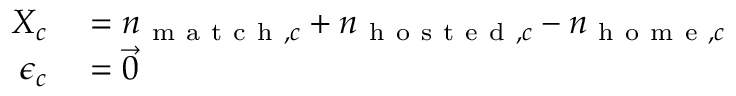
\begin{array} { r l } { X _ { c } } & { { } = n _ { \mathrm { ~ m ~ a ~ t ~ c ~ h ~ } , c } + n _ { \mathrm { ~ h ~ o ~ s ~ t ~ e ~ d ~ } , c } - n _ { \mathrm { ~ h ~ o ~ m ~ e ~ } , c } } \\ { \epsilon _ { c } } & { { } = \vec { 0 } } \end{array}